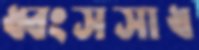
ধ্বংসসাধ